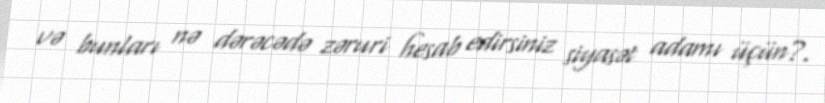
və bunları nə dərəcədə zəruri hesab edirsiniz siyasət adamı üçün?.